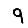
Digit: 9